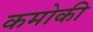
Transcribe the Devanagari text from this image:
कमोकी